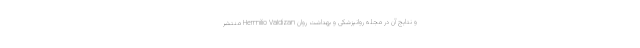
و نتایج آن در مجله روانپزشکی و بهداشت روان Hermilio Valdizan منتشر